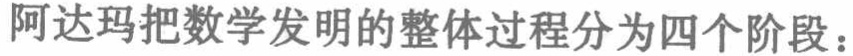
阿达玛把数学发明的整体过程分为四个阶段：